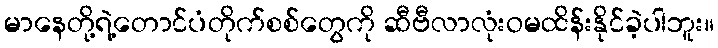
မာနေတို့ရဲ့တောင်ပံတိုက်စစ်တွေကို ဆီဗီလာလုံးဝမထိန်းနိုင်ခဲ့ပါဘူး။